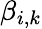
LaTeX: \beta_{i,k}